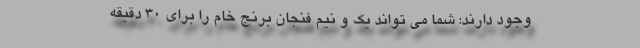
وجود دارند: شما می تواند یک و نیم فنجان برنج خام را برای 30 دقیقه